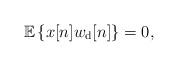
LaTeX: \begin{align*}{\mathbb{E}}\left\{x[n]w_{\rm d}[n]\right\} = 0,\end{align*}